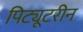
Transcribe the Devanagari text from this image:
पिट्यूटरीन